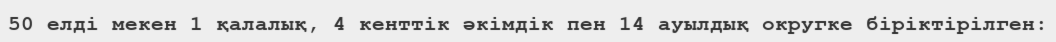
50 елді мекен 1 қалалық, 4 кенттік әкімдік пен 14 ауылдық округке біріктірілген: